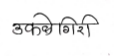
मजकूर: उकवेगिरी